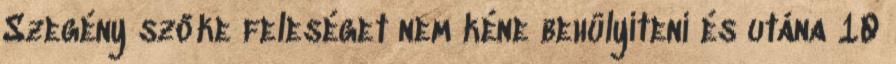
Szegény szőke feleséget nem kéne behülyíteni és utána 10